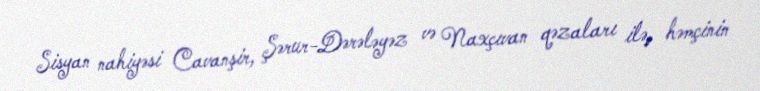
Sisyan nahiyəsi Cavanşir, Şərur-Dərələyəz və Naxçıvan qəzaları ilə, həmçinin